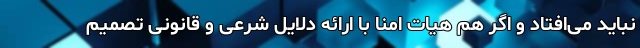
نباید می‌افتاد و اگر هم هیات امنا با ارائه دلایل شرعی و قانونی تصمیم